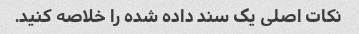
نکات اصلی یک سند داده شده را خلاصه کنید.